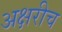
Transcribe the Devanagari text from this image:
अक्षरीच